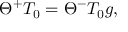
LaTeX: \Theta ^ { + } T _ { 0 } = \Theta ^ { - } T _ { 0 } g ,